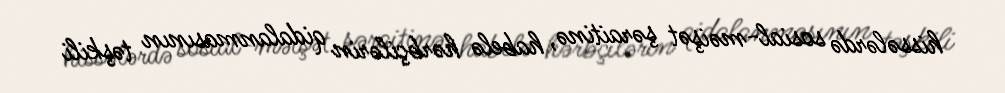
hissələrdə sosial-məişət şəraitinə, habelə hərbçilərin qidalanmasının təşkili